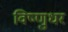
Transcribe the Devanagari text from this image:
विष्णुधर